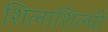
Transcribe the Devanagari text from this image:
शिलाशिल्पी